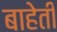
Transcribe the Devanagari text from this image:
बाहेती